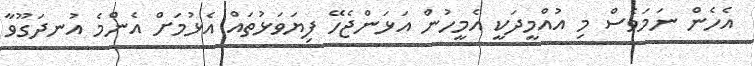
އެހެން ނަމަވެސް މި އުއްމީދަކީ އެމީހުން އަޅަންޖެހޭ ފިޔަވަޅުތައް އެޅުމަށް އެންމެ އުނދަގޫވާ